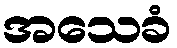
အသေခံ